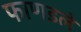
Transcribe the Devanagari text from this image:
फाणडले